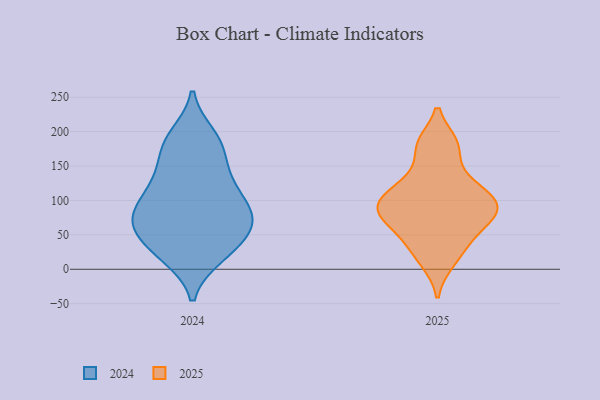
{"axis": {"x": "Revenue (USD Million)", "y": "Value"}, "legend": ["2024", "2025"], "data": [{"x": "", "y": 118, "type": "2025"}, {"x": "", "y": 182, "type": "2025"}, {"x": "", "y": 181, "type": "2025"}, {"x": "", "y": 11, "type": "2025"}, {"x": "", "y": 78, "type": "2025"}, {"x": "", "y": 73, "type": "2025"}, {"x": "", "y": 49, "type": "2025"}, {"x": "", "y": 82, "type": "2025"}, {"x": "", "y": 105, "type": "2025"}, {"x": "", "y": 97, "type": "2025"}, {"x": "", "y": 34, "type": "2025"}, {"x": "", "y": 93, "type": "2025"}, {"x": "", "y": 136, "type": "2025"}, {"x": "", "y": 73, "type": "2024"}, {"x": "", "y": 121, "type": "2024"}, {"x": "", "y": 19, "type": "2024"}, {"x": "", "y": 95, "type": "2024"}, {"x": "", "y": 181, "type": "2024"}, {"x": "", "y": 194, "type": "2024"}, {"x": "", "y": 34, "type": "2024"}, {"x": "", "y": 75, "type": "2024"}, {"x": "", "y": 122, "type": "2024"}, {"x": "", "y": 83, "type": "2024"}, {"x": "", "y": 28, "type": "2024"}, {"x": "", "y": 169, "type": "2024"}, {"x": "", "y": 71, "type": "2024"}, {"x": "", "y": 57, "type": "2024"}, {"x": "", "y": 75, "type": "2024"}, {"x": "", "y": 188, "type": "2024"}, {"x": "", "y": 21, "type": "2024"}, {"x": "", "y": 144, "type": "2024"}, {"x": "", "y": 120, "type": "2024"}, {"x": "", "y": 60, "type": "2024"}]}